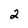
Character: 2